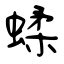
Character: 蝚